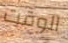
الوقت